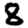
Digit: 8